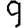
Digit: 9